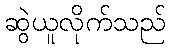
ဆွဲယူလိုက်သည်